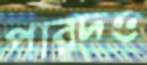
পারদও